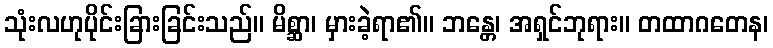
သုံးလဟုပိုင်းခြားခြင်းသည်။ မိစ္ဆာ၊ မှားခဲ့ရာ၏။ ဘန္တေ၊ အရှင်ဘုရား။ တထာဂတေန၊